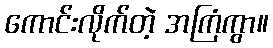
ကောင်းလိုက်တဲ့ အကြံကွာ။